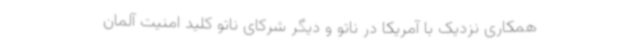
همکاری نزدیک با آمریکا در ناتو و دیگر شرکای ناتو کلید امنیت آلمان